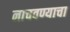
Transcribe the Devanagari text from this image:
नाचवण्याचा